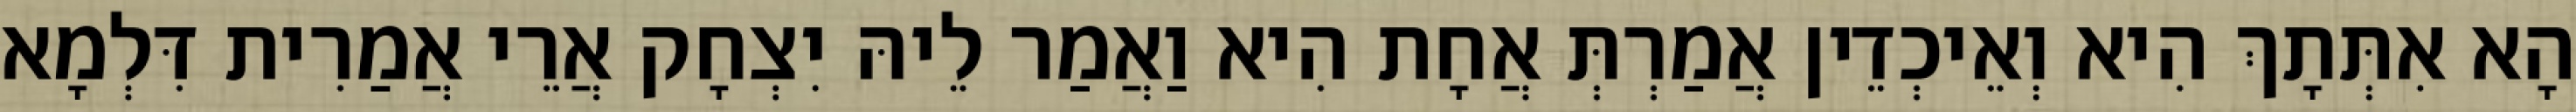
הָא אִתְּתָךְ הִיא וְאֵיכְדֵין אֲמַרְתְּ אֲחָת הִיא וַאֲמַר לֵיהּ יִצְחָק אֲרֵי אֲמַרִית דִּלְמָא